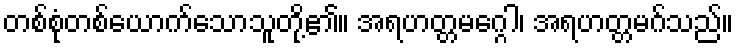
တစ်စုံတစ်ယောက်သောသူတို့၏။ အရဟတ္တမဂ္ဂေါ၊ အရဟတ္တမဂ်သည်။